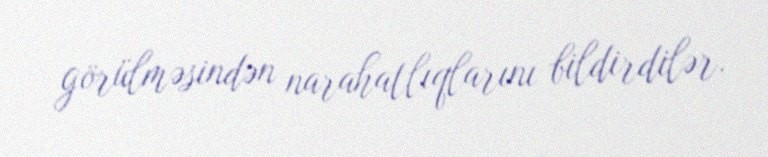
görülməsindən narahatlıqlarını bildirdilər.